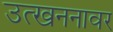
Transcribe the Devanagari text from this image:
उत्खननावर